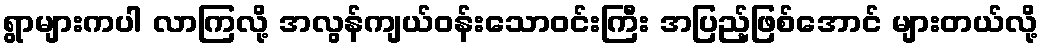
ရွာများကပါ လာကြလို့ အလွန်ကျယ်ဝန်းသောဝင်းကြီး အပြည့်ဖြစ်အောင် များတယ်လို့